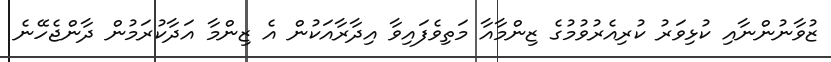
ޒުވާނުންނާއި ކުޅިވަރު ކުރިއެރުވުމުގެ ޒިންމާއާ މަތިވެފައިވާ އިދާރާއަކުން އެ ޒިންމާ އަދާކުރަމުން ދާންޖެހޭނެ